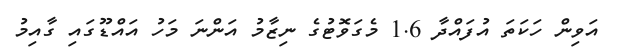
އަވިން ހަކަތަ އުފައްދާ 1.6 މެގަވޮޓުގެ ނިޒާމު އަންނަ މަހު އައްޑޫގައި ގާއިމު